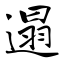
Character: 遢